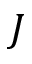
J